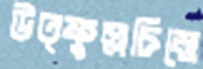
উত্ফুল্লচিত্তে